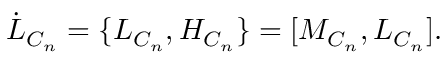
\dot { L } _ { C _ { n } } = \{ L _ { C _ { n } } , H _ { C _ { n } } \} = \lbrack M _ { C _ { n } } , L _ { C _ { n } } \rbrack .